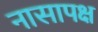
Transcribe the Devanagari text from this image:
नासापक्ष